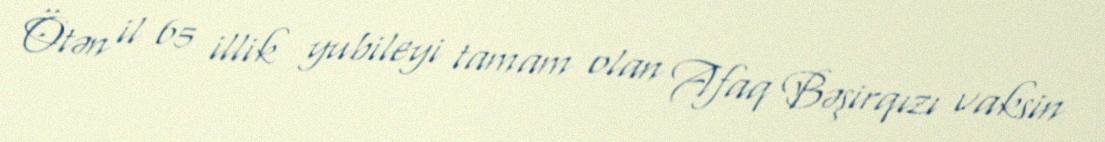
Ötən il 65 illik yubileyi tamam olan Afaq Bəşirqızı vaksin